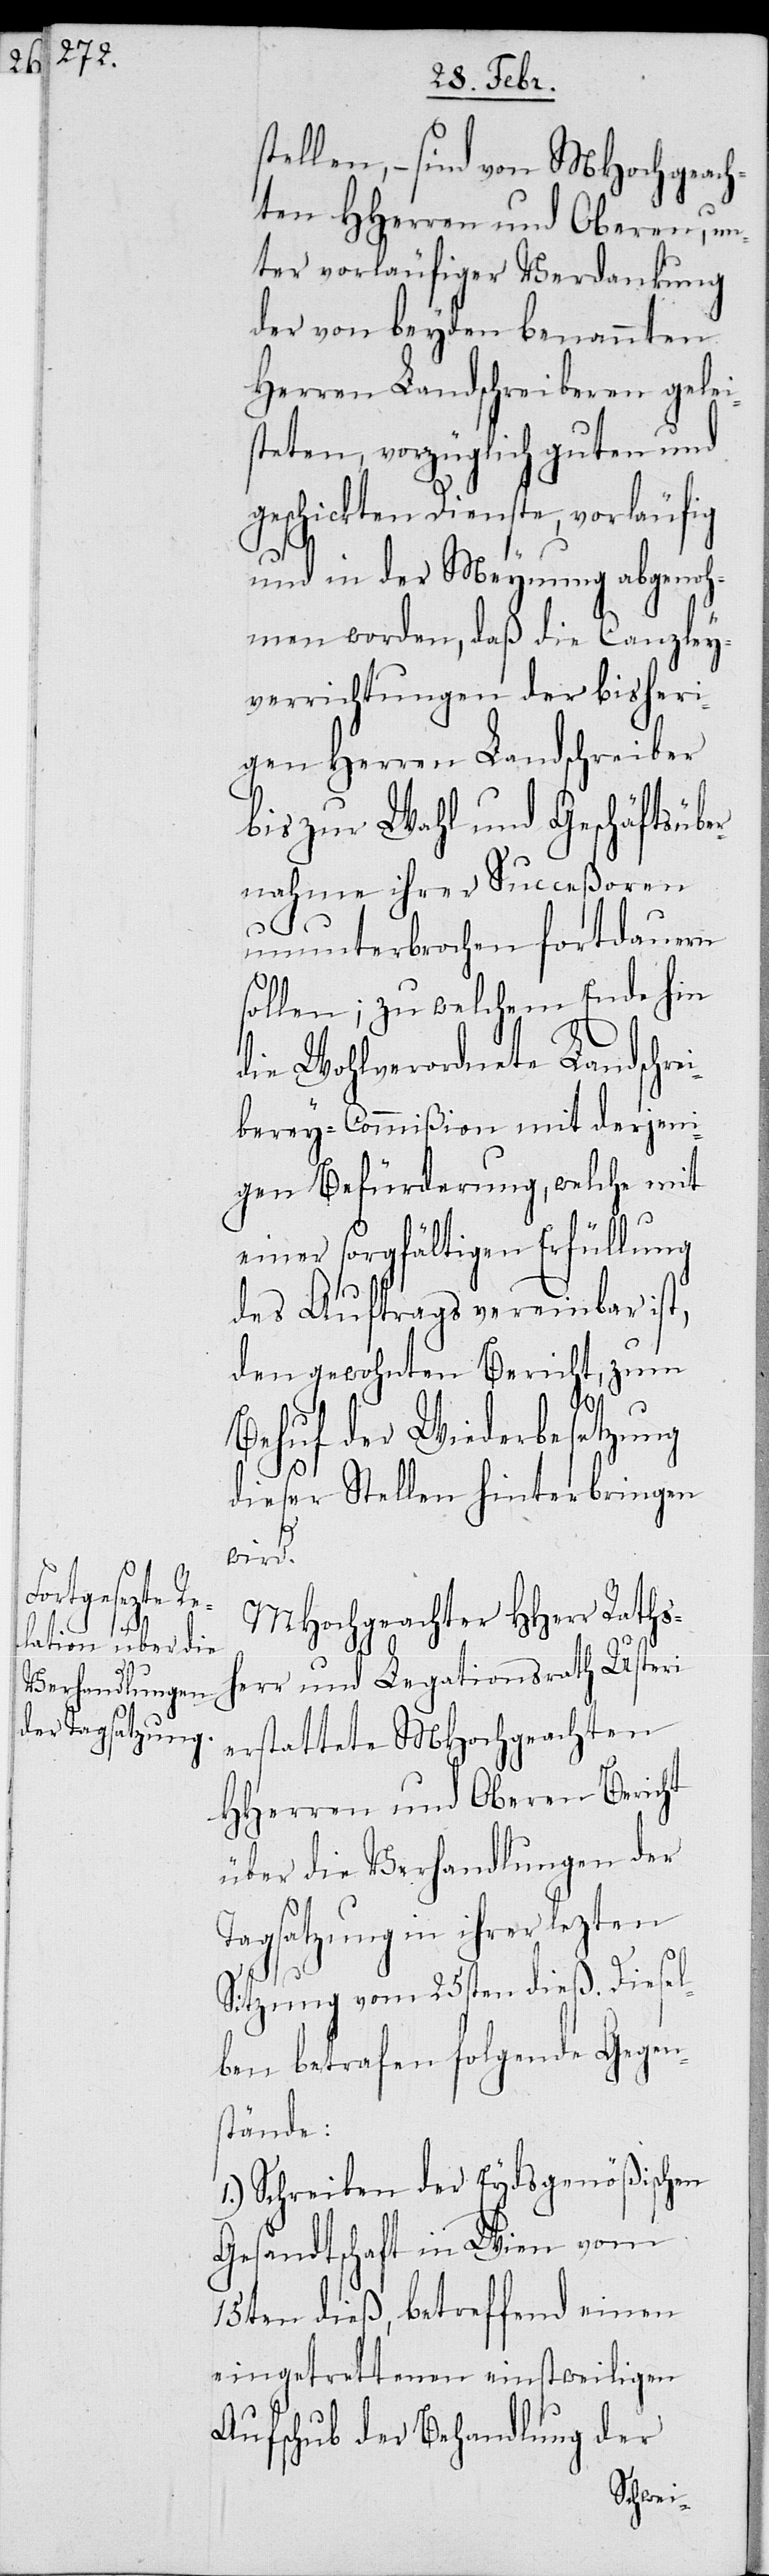
1.)

stellen, – sind von MHochgeach¬
ten HHerren und Oberen, un¬
ter vorläufiger Verdankung
der von beyden benannten
Herren Landschreiberen gelei¬
steten, vorzüglich guten und
geschickten Dienste, vorläufig
und in der Meynung abgenoh¬
men worden, daß die Canzley¬
verrichtungen der bisheri¬
gen Herren Landschreiber
bis zur Wahl und Geschäftsüber¬
nahme ihrer Succeßoren
ununterbrochen fortdauern
sollen; zu welchem Ende hin
die Wohlverordnete Landschre¬
iberey-Commißion mit derjeni¬
gen Befürderung, welche mit
einer sorgfältigen Erfüllung
des Auftrags vereinbar ist,
den gewohnten Bericht, zum
Behuf der Wiederbesetzung
dieser Stellen hinterbringen
wird.
MHochgeachter HHerr Raths¬
herr und Legationsrath Usteri
erstattete MHochgeachten
HHerren und Oberen Bericht
über die Verhandlungen der
Tagsatzung in ihrer lezten
Sitzung vom 25sten dieß. Diesel¬
ben betrafen folgende Gegen¬
stände:
Schreiben der Eydsgenößischen
Gesandtschaft in Wien vom
15ten dieß, betreffend einen
eingetrettenen einstweiligen
Aufschub der Behandlung der